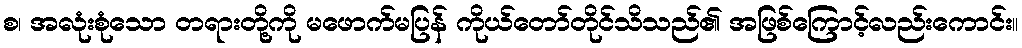
စ၊ အလုံးစုံသော တရားတို့ကို မဖောက်မပြန် ကိုယ်တော်တိုင်သိသည်၏ အဖြစ်ကြောင့်လည်းကောင်း။